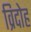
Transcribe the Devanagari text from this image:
व्रिदोह